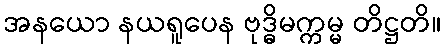
အနယော နယရူပေန ဗုဒ္ဓိမက္ကမ္မ တိဋ္ဌတိ။